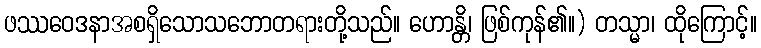
ဖဿဝေဒနာအစရှိသောသဘောတရားတို့သည်။ ဟောန္တိ၊ ဖြစ်ကုန်၏။) တသ္မာ၊ ထိုကြောင့်။